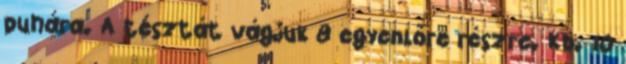
puhára. A tésztát vágjuk 8 egyenlőre részre. Kb. 10